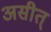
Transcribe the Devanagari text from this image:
असीत्